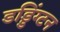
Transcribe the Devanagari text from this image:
डड्डिंग्टन